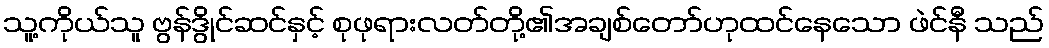
သူ့ကိုယ်သူ ဗွန်ဒွိုင်ဆင်နှင့် စုဖုရားလတ်တို့၏အချစ်တော်ဟုထင်နေသော ဖဲင်နီ သည်